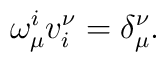
\omega^i_{\mu}v_i^{\nu}=\delta_{\mu}^{\nu}.